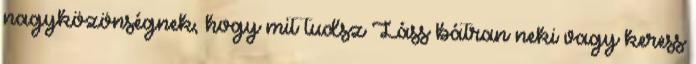
nagyközönségnek, hogy mit tudsz Láss bátran neki vagy keress